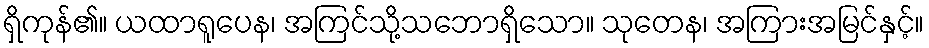
ရှိကုန်၏။ ယထာရူပေန၊ အကြင်သို့သဘောရှိသော။ သုတေန၊ အကြားအမြင်နှင့်။